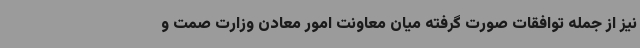
نیز از جمله توافقات صورت گرفته میان معاونت امور معادن وزارت صمت و